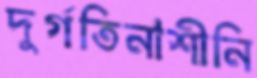
দুর্গতিনাশীনি